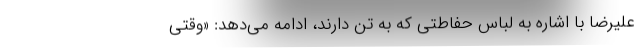
علیرضا با اشاره به لباس حفاطتی که به تن دارند، ادامه می‌دهد: «وقتی